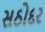
સઠોદર